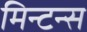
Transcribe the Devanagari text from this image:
मिन्टन्स